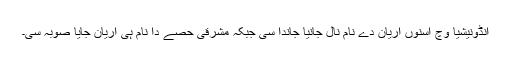
انڈونیشیا وچ اسنوں اریان دے نام نال جانیا جاندا سی جبکہ مشرقی حصے دا نام ہی اریان جایا صوبہ سی۔